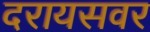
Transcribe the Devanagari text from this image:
दरायसवर